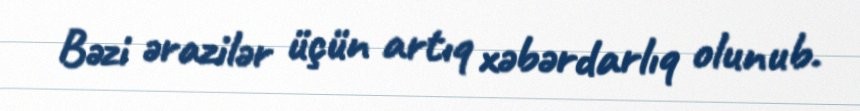
Bəzi ərazilər üçün artıq xəbərdarlıq olunub.